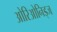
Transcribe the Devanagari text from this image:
ओरिओनिड्ज